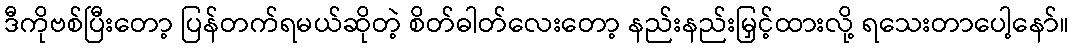
ဒီကိုဗစ်ပြီးတော့ ပြန်တက်ရမယ်ဆိုတဲ့ စိတ်ဓါတ်လေးတော့ နည်းနည်းမြှင့်ထားလို့ ရသေးတာပေါ့နော်။